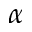
\alpha